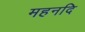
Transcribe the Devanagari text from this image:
महनदि